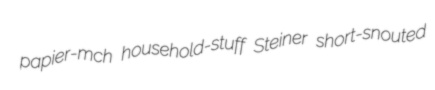
papier-mch household-stuff Steiner short-snouted